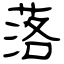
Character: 落